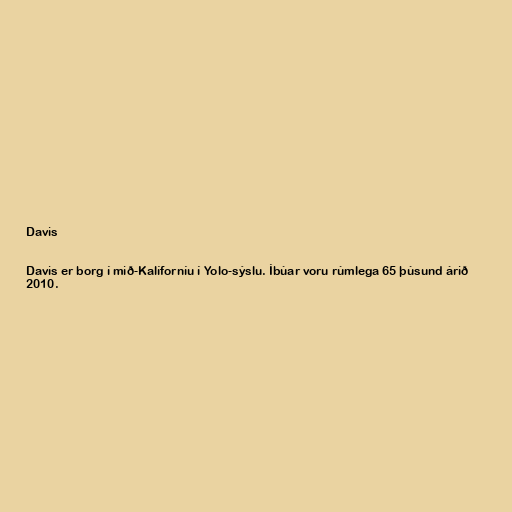
Davis

Davis er borg í mið-Kalíforníu í Yolo-sýslu. Íbúar voru rúmlega 65 þúsund árið
2010.